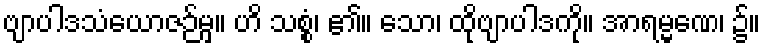
ဗျာပါဒသံယောဇဉ်မှ။ ဟိ သစ္စံ၊ ၏။ သော၊ ထိုဗျာပါဒကို။ အာရမ္မဏေ၊ ၌။